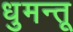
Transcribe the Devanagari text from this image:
धुमन्तू